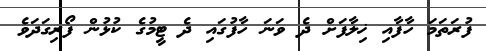
ފުރަތަމަ ހާފާއި ޚިލާފަށް ދެ ވަނަ ހާފުގައި ދެ ޓީމުގެ ކުޅުން ފޯރިގަދަވެ